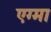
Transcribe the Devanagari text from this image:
एग्मा